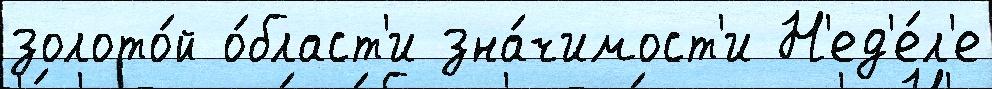
золото́й о́бласт'и зна́чимост'и Н'ед'е́л'е